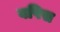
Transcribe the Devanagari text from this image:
वपिस